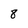
Character: 8